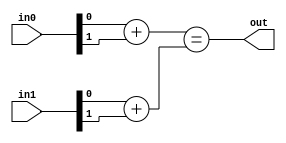
module SPECIAL(input[1:0] in0, input[1:0] in1, output out);
	wire[1:0] biti0;
	wire[1:0] biti1;
	
	assign biti0 = in0[0] + in0[1];
	assign biti1 = in1[0] + in1[1];
	assign out = (biti0 == biti1);
endmodule